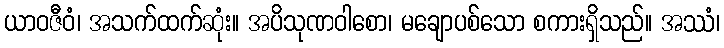
ယာဝဇီဝံ၊ အသက်ထက်ဆုံး။ အပိသုဏဝါစော၊ မချောပစ်သော စကားရှိသည်။ အဿံ၊